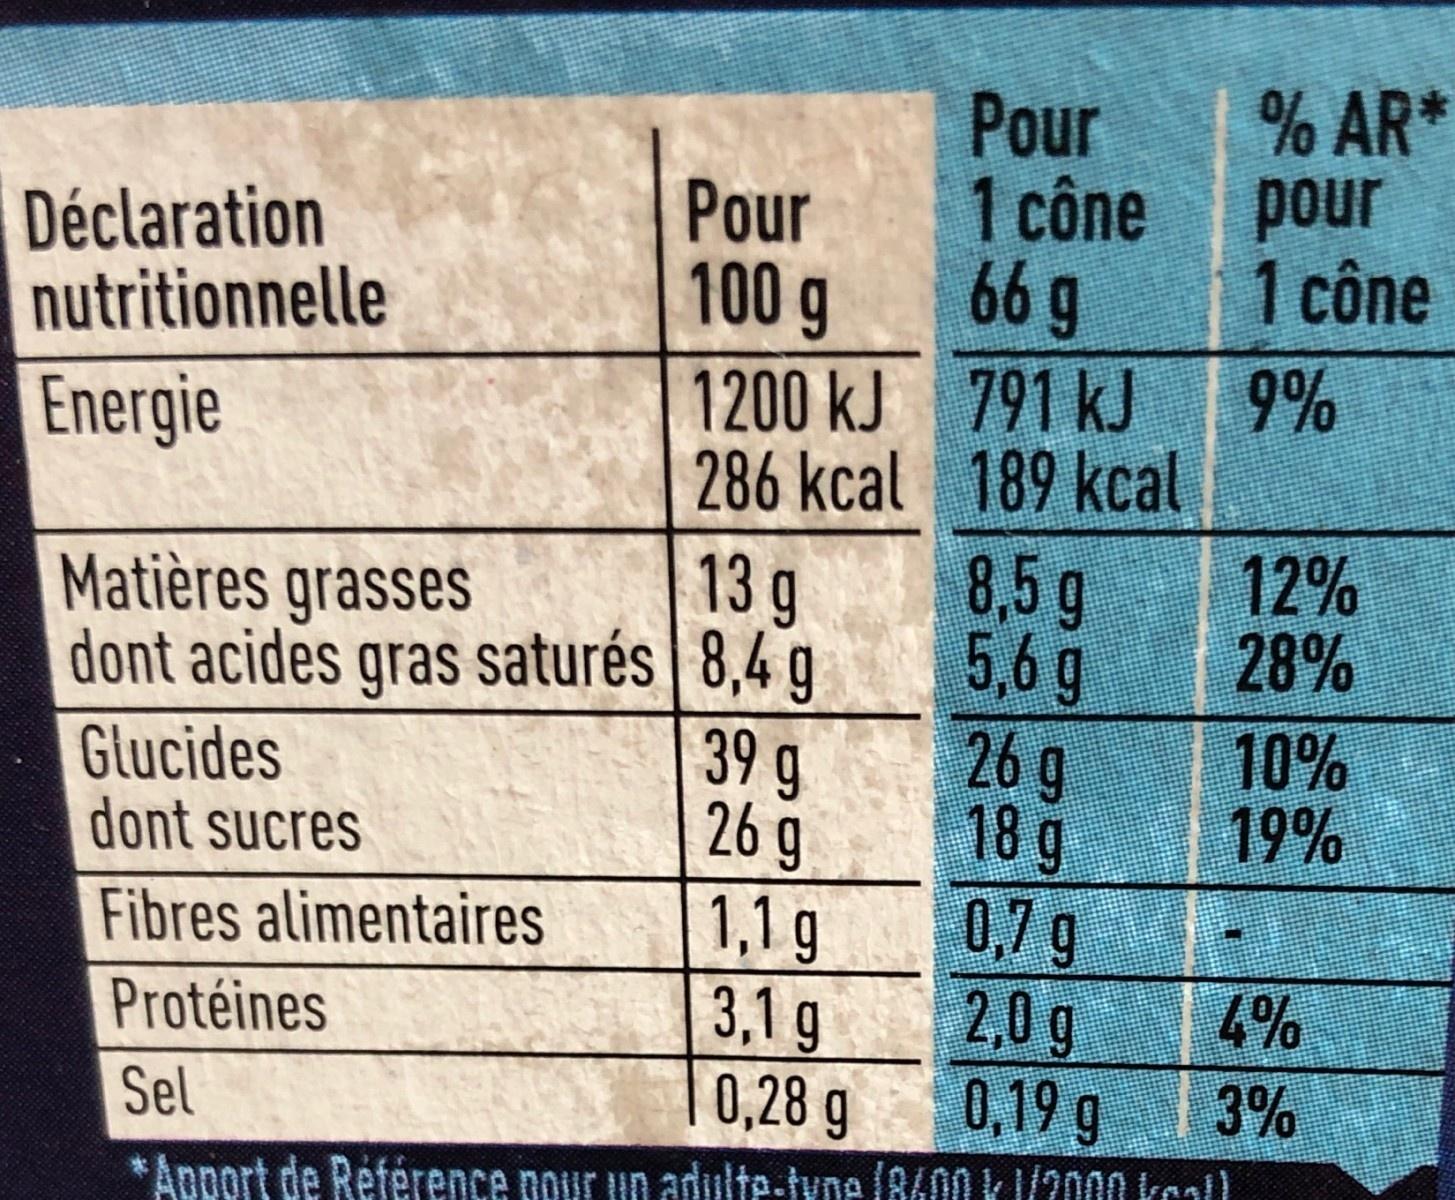
% AR* pour 1 cône
Pour 1 cône 66g 1200 kJ 791 kJ 286 kcal 189 kcal 8,5g 5,6g 26 g 18 g 0,7 g 2,0g 0,19 g
Déclaration nutritionnelle
Pour 100 g
9%
Energie
12% 28%
13 g dont acides gras saturés 8,4 g 39 9 26 g 1,1 g 3,1 g
Matières grasses
Glucides dont sucres
10% 19%
Fibres alimentaires
Protéines
4%
Sel
0,28 g
3%
*Apport de Référence pour un adulte-tyne (8600 k 1/2000 kcal)